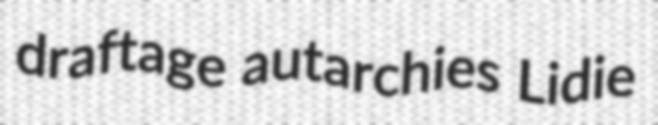
draftage autarchies Lidie